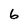
Character: 6